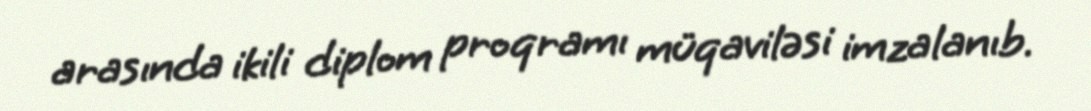
arasında ikili diplom proqramı müqaviləsi imzalanıb.